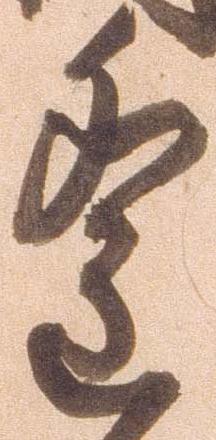
遙